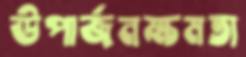
উপার্জনক্ষমতা